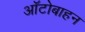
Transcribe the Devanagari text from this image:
ऑटोबाहन